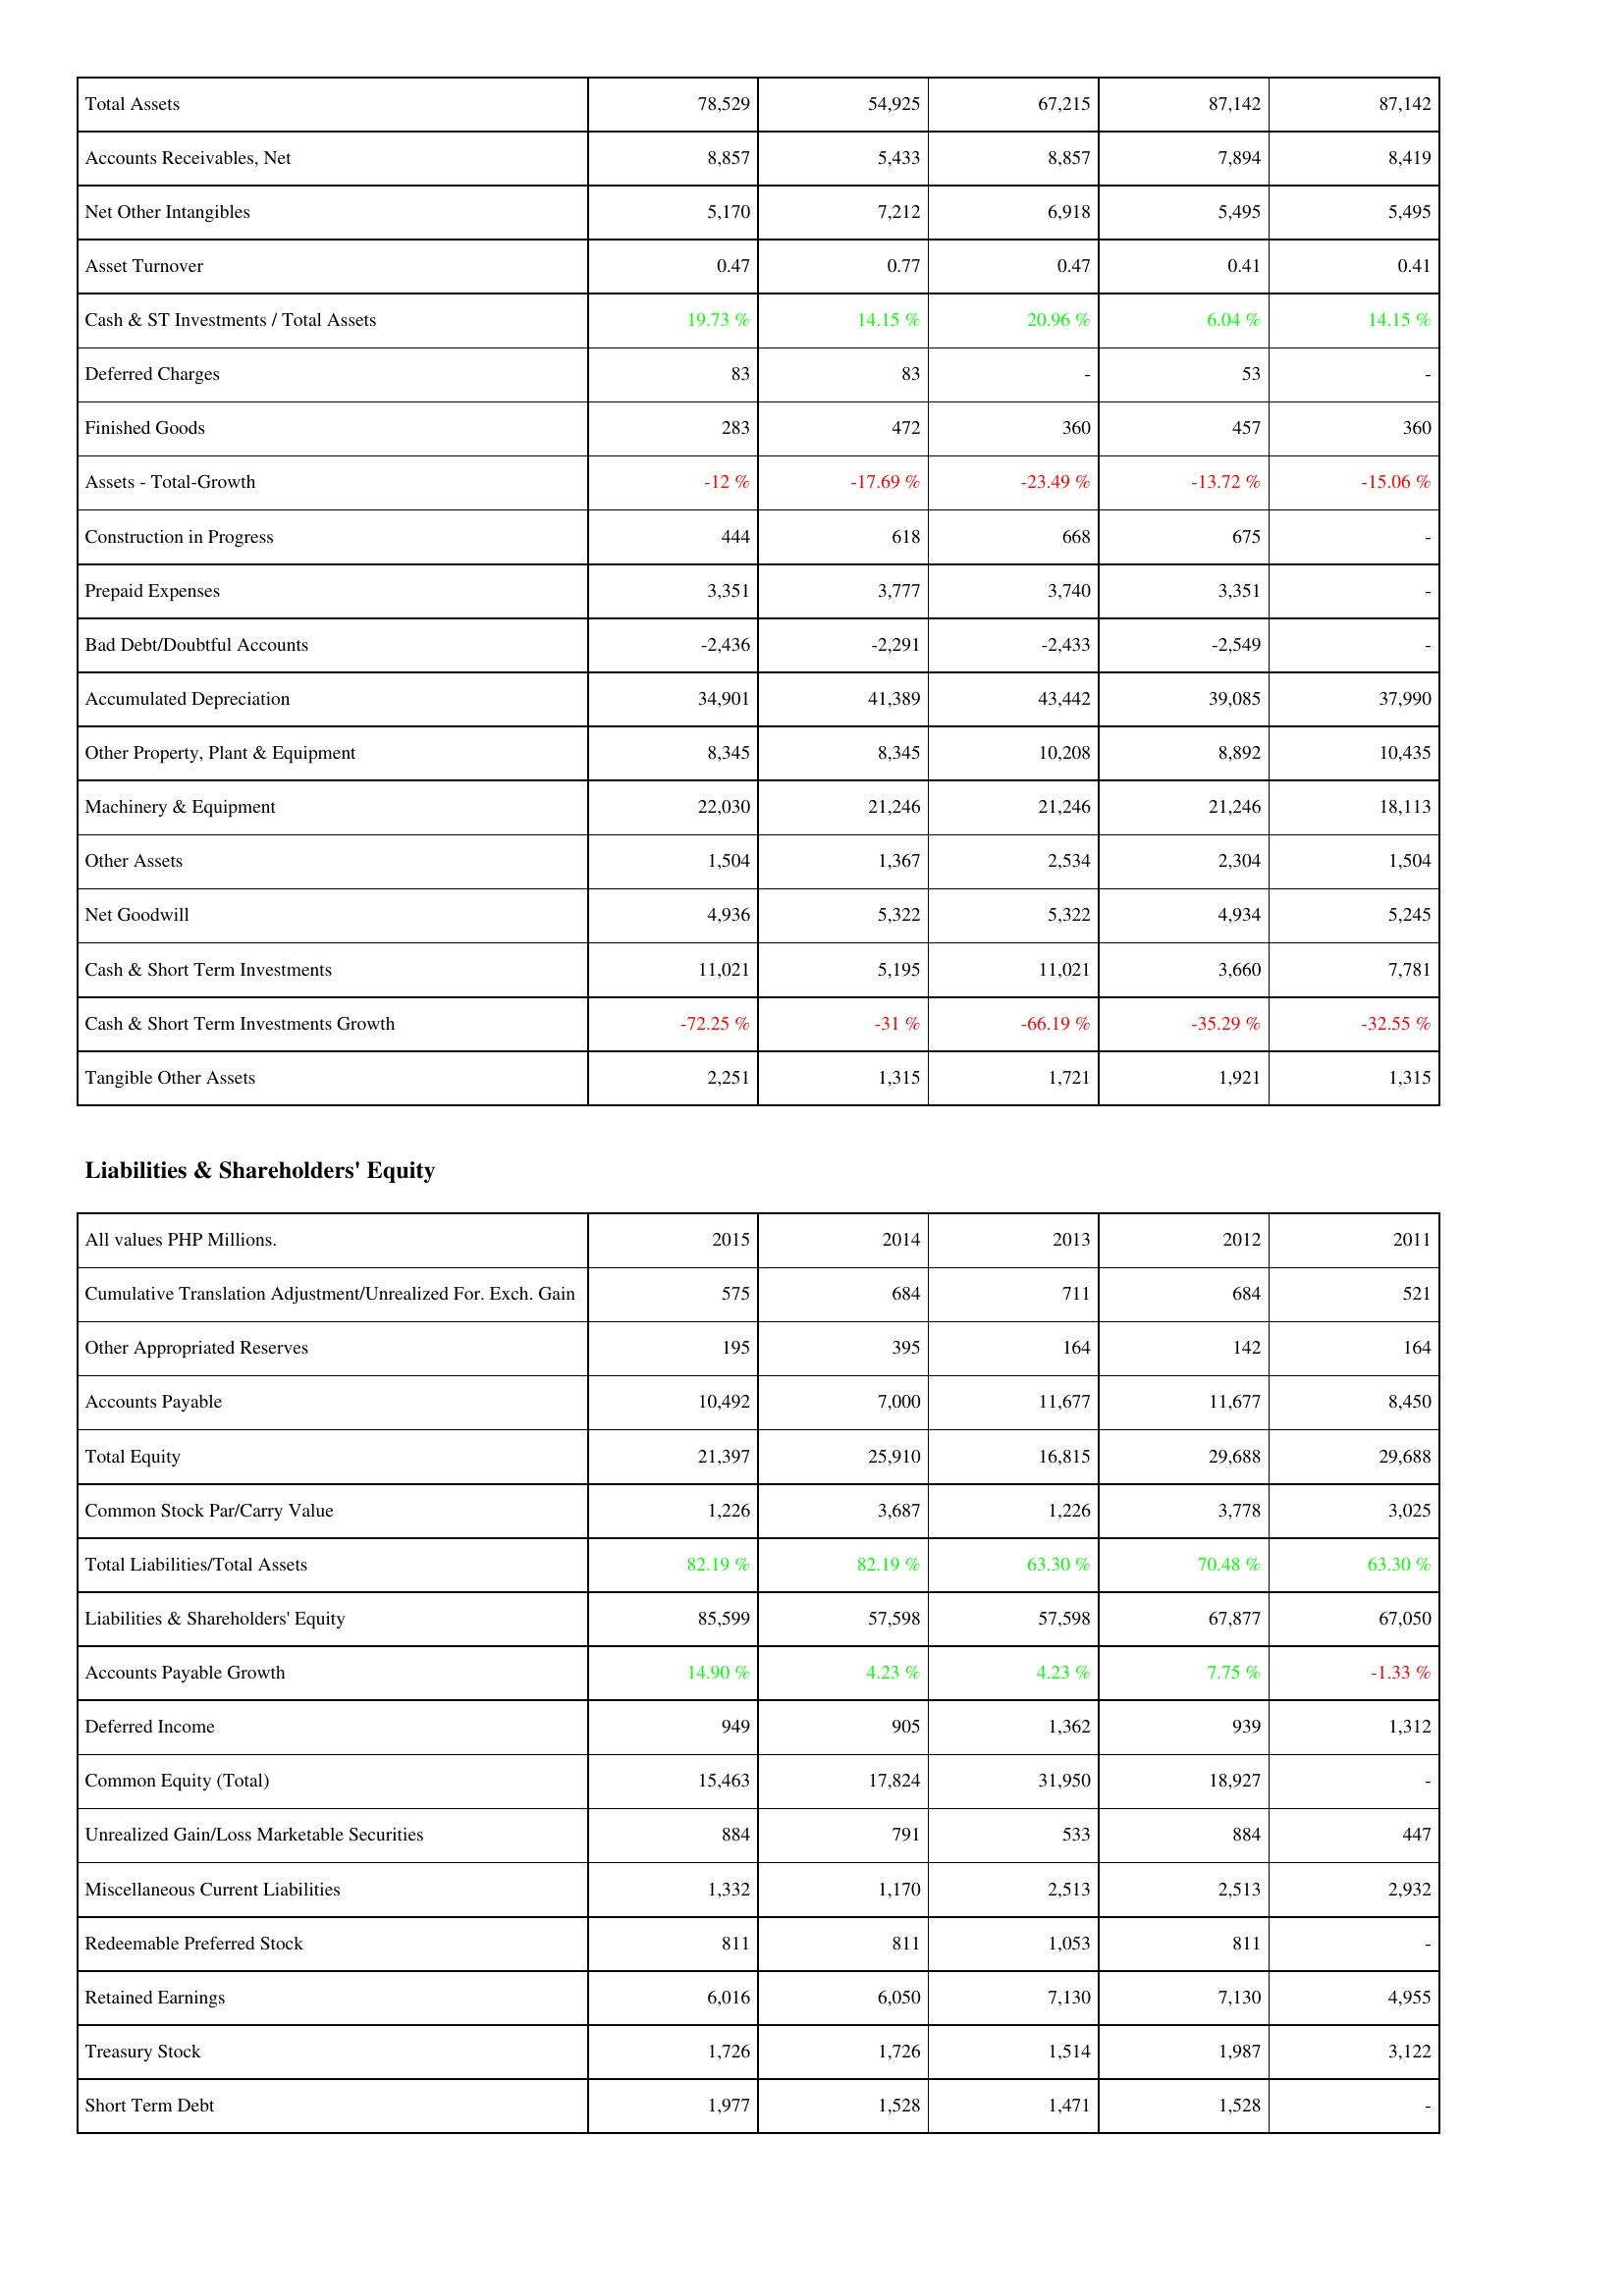
2015: Assets: Total Assets: 78,529
Accounts Receivables, Net: 8,857
Net Other Intangibles: 5,170
Asset Turnover: 0.47
Cash & ST Investments / Total Assets: 19.73 %
Deferred Charges: 83
Finished Goods: 283
Assets - Total-Growth: -12 %
Construction in Progress: 444
Prepaid Expenses: 3,351
Bad Debt/Doubtful Accounts: -2,436
Accumulated Depreciation: 34,901
Other Property, Plant & Equipment: 8,345
Machinery & Equipment: 22,030
Other Assets: 1,504
Net Goodwill: 4,936
Cash & Short Term Investments: 11,021
Cash & Short Term Investments Growth: -72.25 %
Tangible Other Assets: 2,251
Liabilities & Shareholders' Equity: Cumulative Translation Adjustment/Unrealized For. Exch. Gain: 575
Other Appropriated Reserves: 195
Accounts Payable: 10,492
Total Equity: 21,397
Common Stock Par/Carry Value: 1,226
Total Liabilities/Total Assets: 82.19 %
Liabilities & Shareholders' Equity: 85,599
Accounts Payable Growth: 14.90 %
Deferred Income: 949
Common Equity (Total): 15,463
Unrealized Gain/Loss Marketable Securities: 884
Miscellaneous Current Liabilities: 1,332
Redeemable Preferred Stock: 811
Retained Earnings: 6,016
Treasury Stock: 1,726
Short Term Debt: 1,977
2014: Assets: Total Assets: 54,925
Accounts Receivables, Net: 5,433
Net Other Intangibles: 7,212
Asset Turnover: 0.77
Cash & ST Investments / Total Assets: 14.15 %
Deferred Charges: 83
Finished Goods: 472
Assets - Total-Growth: -17.69 %
Construction in Progress: 618
Prepaid Expenses: 3,777
Bad Debt/Doubtful Accounts: -2,291
Accumulated Depreciation: 41,389
Other Property, Plant & Equipment: 8,345
Machinery & Equipment: 21,246
Other Assets: 1,367
Net Goodwill: 5,322
Cash & Short Term Investments: 5,195
Cash & Short Term Investments Growth: -31 %
Tangible Other Assets: 1,315
Liabilities & Shareholders' Equity: Cumulative Translation Adjustment/Unrealized For. Exch. Gain: 684
Other Appropriated Reserves: 395
Accounts Payable: 7,000
Total Equity: 25,910
Common Stock Par/Carry Value: 3,687
Total Liabilities/Total Assets: 82.19 %
Liabilities & Shareholders' Equity: 57,598
Accounts Payable Growth: 4.23 %
Deferred Income: 905
Common Equity (Total): 17,824
Unrealized Gain/Loss Marketable Securities: 791
Miscellaneous Current Liabilities: 1,170
Redeemable Preferred Stock: 811
Retained Earnings: 6,050
Treasury Stock: 1,726
Short Term Debt: 1,528
2013: Assets: Total Assets: 67,215
Accounts Receivables, Net: 8,857
Net Other Intangibles: 6,918
Asset Turnover: 0.47
Cash & ST Investments / Total Assets: 20.96 %
Deferred Charges: -
Finished Goods: 360
Assets - Total-Growth: -23.49 %
Construction in Progress: 668
Prepaid Expenses: 3,740
Bad Debt/Doubtful Accounts: -2,433
Accumulated Depreciation: 43,442
Other Property, Plant & Equipment: 10,208
Machinery & Equipment: 21,246
Other Assets: 2,534
Net Goodwill: 5,322
Cash & Short Term Investments: 11,021
Cash & Short Term Investments Growth: -66.19 %
Tangible Other Assets: 1,721
Liabilities & Shareholders' Equity: Cumulative Translation Adjustment/Unrealized For. Exch. Gain: 711
Other Appropriated Reserves: 164
Accounts Payable: 11,677
Total Equity: 16,815
Common Stock Par/Carry Value: 1,226
Total Liabilities/Total Assets: 63.30 %
Liabilities & Shareholders' Equity: 57,598
Accounts Payable Growth: 4.23 %
Deferred Income: 1,362
Common Equity (Total): 31,950
Unrealized Gain/Loss Marketable Securities: 533
Miscellaneous Current Liabilities: 2,513
Redeemable Preferred Stock: 1,053
Retained Earnings: 7,130
Treasury Stock: 1,514
Short Term Debt: 1,471
2012: Assets: Total Assets: 87,142
Accounts Receivables, Net: 7,894
Net Other Intangibles: 5,495
Asset Turnover: 0.41
Cash & ST Investments / Total Assets: 6.04 %
Deferred Charges: 53
Finished Goods: 457
Assets - Total-Growth: -13.72 %
Construction in Progress: 675
Prepaid Expenses: 3,351
Bad Debt/Doubtful Accounts: -2,549
Accumulated Depreciation: 39,085
Other Property, Plant & Equipment: 8,892
Machinery & Equipment: 21,246
Other Assets: 2,304
Net Goodwill: 4,934
Cash & Short Term Investments: 3,660
Cash & Short Term Investments Growth: -35.29 %
Tangible Other Assets: 1,921
Liabilities & Shareholders' Equity: Cumulative Translation Adjustment/Unrealized For. Exch. Gain: 684
Other Appropriated Reserves: 142
Accounts Payable: 11,677
Total Equity: 29,688
Common Stock Par/Carry Value: 3,778
Total Liabilities/Total Assets: 70.48 %
Liabilities & Shareholders' Equity: 67,877
Accounts Payable Growth: 7.75 %
Deferred Income: 939
Common Equity (Total): 18,927
Unrealized Gain/Loss Marketable Securities: 884
Miscellaneous Current Liabilities: 2,513
Redeemable Preferred Stock: 811
Retained Earnings: 7,130
Treasury Stock: 1,987
Short Term Debt: 1,528
2011: Assets: Total Assets: 87,142
Accounts Receivables, Net: 8,419
Net Other Intangibles: 5,495
Asset Turnover: 0.41
Cash & ST Investments / Total Assets: 14.15 %
Deferred Charges: -
Finished Goods: 360
Assets - Total-Growth: -15.06 %
Construction in Progress: -
Prepaid Expenses: -
Bad Debt/Doubtful Accounts: -
Accumulated Depreciation: 37,990
Other Property, Plant & Equipment: 10,435
Machinery & Equipment: 18,113
Other Assets: 1,504
Net Goodwill: 5,245
Cash & Short Term Investments: 7,781
Cash & Short Term Investments Growth: -32.55 %
Tangible Other Assets: 1,315
Liabilities & Shareholders' Equity: Cumulative Translation Adjustment/Unrealized For. Exch. Gain: 521
Other Appropriated Reserves: 164
Accounts Payable: 8,450
Total Equity: 29,688
Common Stock Par/Carry Value: 3,025
Total Liabilities/Total Assets: 63.30 %
Liabilities & Shareholders' Equity: 67,050
Accounts Payable Growth: -1.33 %
Deferred Income: 1,312
Common Equity (Total): -
Unrealized Gain/Loss Marketable Securities: 447
Miscellaneous Current Liabilities: 2,932
Redeemable Preferred Stock: -
Retained Earnings: 4,955
Treasury Stock: 3,122
Short Term Debt: -